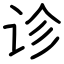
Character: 诊